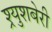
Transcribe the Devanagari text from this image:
श्र्युशबेरी